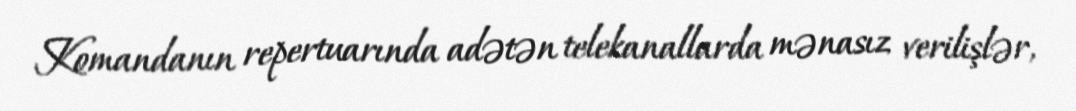
Komandanın repertuarında adətən telekanallarda mənasız verilişlər,